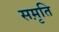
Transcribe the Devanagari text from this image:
सम़ृति